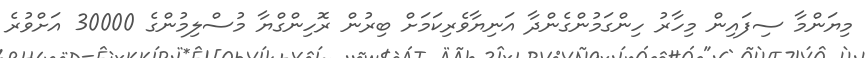
މިޔަންމާ ސިފައިން މިހާރު ހިންގަމުންގެންދާ އަނިޔާވެރިކަމަށް ބިރުން ރޮހިންގްޔާ މުސްލިމުންގެ 30000 އަށްވުރެ